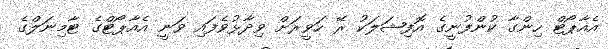
އެއާޕޯޓް ހިންގާ ކުންފުނީގެ އޮފިޝަލަކު ރޭ ހަވީރަށް ވިދާޅުވެފައި ވަނީ އެއާޕޯޓްގެ ޓާމިނަލްގެ